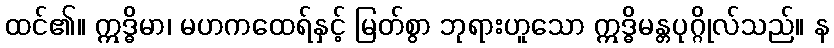
ထင်၏။ ဣဒ္ဓိမာ၊ မဟကထေရ်နှင့် မြတ်စွာ ဘုရားဟူသော ဣဒ္ဓိမန္တပုဂ္ဂိုလ်သည်။ န